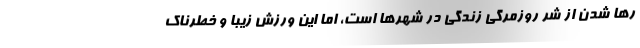
رها شدن از شر روزمرگی زندگی در شهرها است، اما این ورزش زیبا و خطرناک